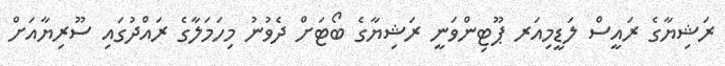
ރަޝިޔާގެ ރައީސް ލަޑީމިއަރ ޕޫޓިންވަނީ ރަޝިޔާގެ ބޯޓަށް ދެވުނު މިހަމަލާގެ ރައްދުގައި ސޫރިޔާއަށް